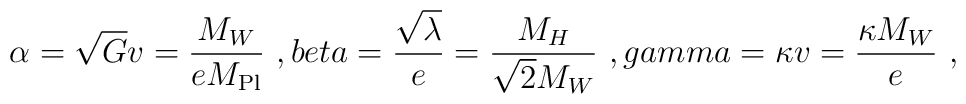
\alpha =\sqrt{G}v =\frac{M_W}{eM_{\rm Pl}} \ , \ \\beta= \frac{\sqrt{\lambda}}{e} = \frac{M_H}{\sqrt{2}M_W} \ , \ \\gamma =\kappa v =\frac{\kappa M_W}{e}\ ,